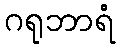
ဂရုဘာရံ